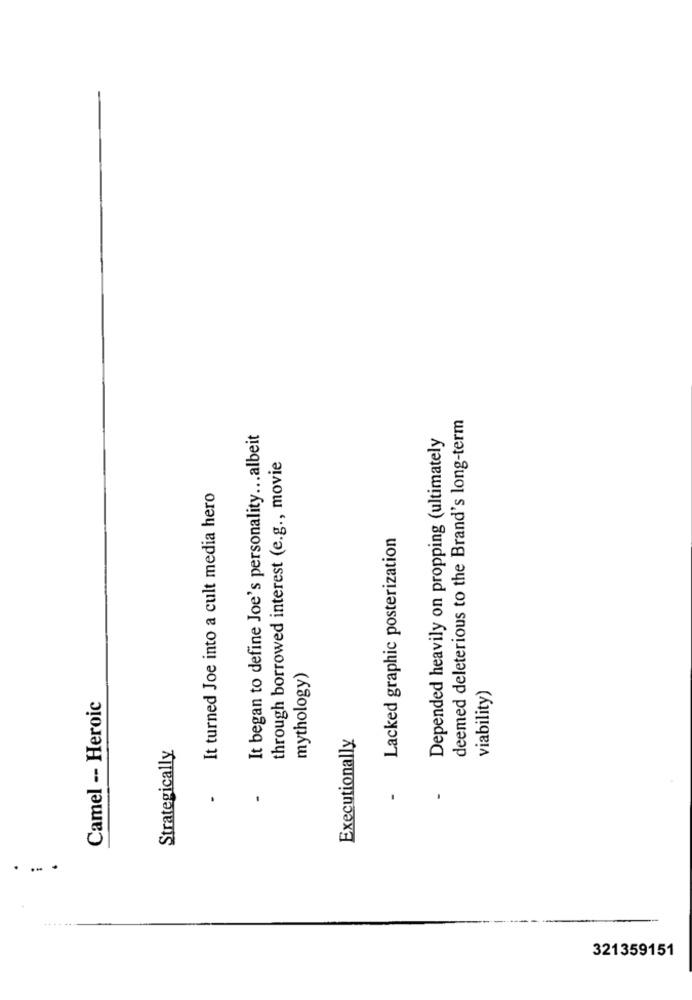
deemed deleterious to the Brand's long-term
It began to define Joe's personality ... albeit
Depended heavily on propping (ultimately
through borrowed interest (e.g ., movie
It turned Joe into a cult media hero
Lacked graphic posterization
mythology)
viability)
Camel -- Heroic
Executionally
Strategically
.
....
321359151